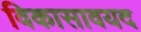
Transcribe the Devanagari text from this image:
विकासावयद